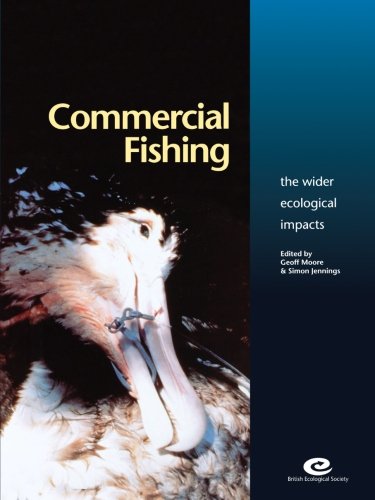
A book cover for Commerical Fishing: The Wider Ecological Impacts; Sports & Outdoors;